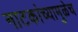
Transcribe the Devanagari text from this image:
नाटकांच्यामुळेच